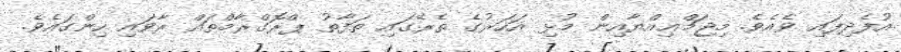
އުފެދިފައި ވެއެވެ. މިޖަމްޢިއްޔާއިން މުޅި އަހަރުގެ ތެރޭގައި ތަފާތު ޕްރޮގްރާމްތައް ރާވައި ހިންގައެވެ.